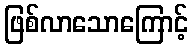
ဖြစ်လာသောကြောင့်